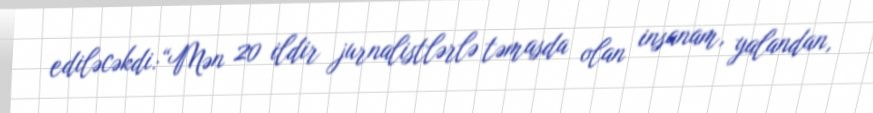
ediləcəkdi:“Mən 20 ildir jurnalistlərlə təmasda olan insanam, yalandan,